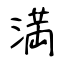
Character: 満